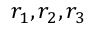
r _ { 1 } , r _ { 2 } , r _ { 3 }